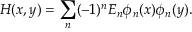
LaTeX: H ( x , y ) = \sum _ { n } ( - 1 ) ^ { n } E _ { n } \phi _ { n } ( x ) \phi _ { n } ( y ) .